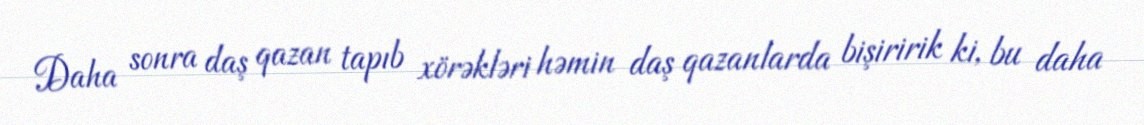
Daha sonra daş qazan tapıb xörəkləri həmin daş qazanlarda bişiririk ki, bu daha